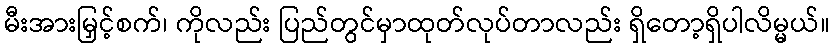
မီးအားမြှင့်စက်၊ ကိုလည်း ပြည်တွင်မှာထုတ်လုပ်တာလည်း ရှိတော့ရှိပါလိမ္မယ်။